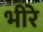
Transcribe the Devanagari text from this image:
भीरे